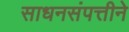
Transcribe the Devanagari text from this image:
साधनसंपत्तीने